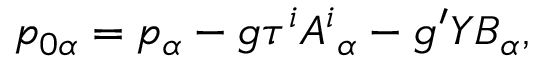
p _ { 0 \alpha } = p _ { \alpha } - g \tau ^ { i } A ^ { i } { } _ { \alpha } - g ^ { \prime } Y B _ { \alpha } ,